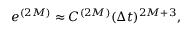
e ^ { ( 2 M ) } \approx C ^ { ( 2 M ) } ( \Delta t ) ^ { 2 M + 3 } ,